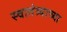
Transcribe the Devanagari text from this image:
स्‍वातंत्र्याच्‍या